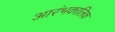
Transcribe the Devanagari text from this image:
आरंभकालिक